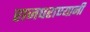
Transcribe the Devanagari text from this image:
राजघराण्यानी